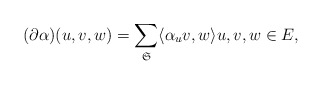
\begin{align*} (\partial \alpha ) (u,v,w) = \sum_{\mathfrak{S}} \langle \alpha_uv,w\rangle u,v,w\in E, \end{align*}